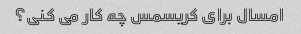
امسال برای کریسمس چه کار می کنی؟